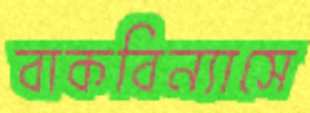
বাকবিন্যাসে